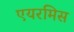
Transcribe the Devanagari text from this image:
एयरमिस